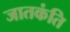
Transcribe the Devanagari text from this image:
जातकंति